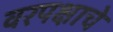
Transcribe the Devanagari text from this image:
वरपक्षाचे